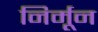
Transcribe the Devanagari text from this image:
निर्मून